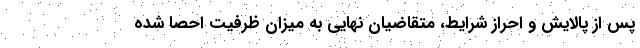
پس از پالایش و احراز شرایط، متقاضیان نهایی به میزان ظرفیت احصا شده